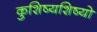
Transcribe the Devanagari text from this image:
कुशिष्यशिष्यो